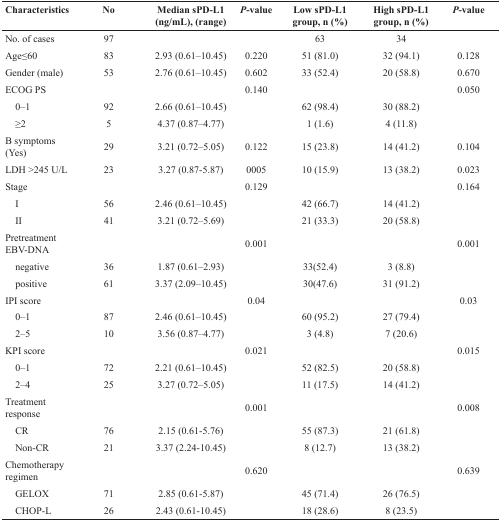
<table><thead><tr><td><b>Characteristics</b></td><td><b>No</b></td><td><b>Median sPD-L1 (ng/mL), (range)</b></td><td><b><i>P</i>-value</b></td><td><b>Low sPD-L1 group, n (%)</b></td><td><b>High sPD-L1 group, n (%)</b></td><td><b><i>P</i>-value</b></td></tr></thead><tbody><tr><td>No. of cases</td><td>97</td><td></td><td></td><td>63</td><td>34</td><td></td></tr><tr><td>Age≤60</td><td>83</td><td>2.93 (0.61–10.45)</td><td>0.220</td><td>51 (81.0)</td><td>32 (94.1)</td><td>0.128</td></tr><tr><td>Gender (male)</td><td>53</td><td>2.76 (0.61–10.45)</td><td>0.602</td><td>33 (52.4)</td><td>20 (58.8)</td><td>0.670</td></tr><tr><td>ECOG PS</td><td></td><td></td><td>0.140</td><td></td><td></td><td>0.050</td></tr><tr><td> 0–1</td><td>92</td><td>2.66 (0.61–10.45)</td><td></td><td>62 (98.4)</td><td>30 (88.2)</td><td></td></tr><tr><td> ≥2</td><td>5</td><td>4.37 (0.87–4.77)</td><td></td><td>1 (1.6)</td><td>4 (11.8)</td><td></td></tr><tr><td>B symptoms (Yes)</td><td>29</td><td>3.21 (0.72–5.05)</td><td>0.122</td><td>15 (23.8)</td><td>14 (41.2)</td><td>0.104</td></tr><tr><td>LDH &gt;245 U/L</td><td>23</td><td>3.27 (0.87-5.87)</td><td>0005</td><td>10 (15.9)</td><td>13 (38.2)</td><td>0.023</td></tr><tr><td>Stage</td><td></td><td></td><td>0.129</td><td></td><td></td><td>0.164</td></tr><tr><td> I</td><td>56</td><td>2.46 (0.61–10.45)</td><td></td><td>42 (66.7)</td><td>14 (41.2)</td><td></td></tr><tr><td> II</td><td>41</td><td>3.21 (0.72–5.69)</td><td></td><td>21 (33.3)</td><td>20 (58.8)</td><td></td></tr><tr><td>Pretreatment EBV-DNA</td><td></td><td></td><td>0.001</td><td></td><td></td><td>0.001</td></tr><tr><td> negative</td><td>36</td><td>1.87 (0.61–2.93)</td><td></td><td>33(52.4)</td><td>3 (8.8)</td><td></td></tr><tr><td> positive</td><td>61</td><td>3.37 (2.09–10.45)</td><td></td><td>30(47.6)</td><td>31 (91.2)</td><td></td></tr><tr><td>IPI score</td><td></td><td></td><td>0.04</td><td></td><td></td><td>0.03</td></tr><tr><td> 0–1</td><td>87</td><td>2.46 (0.61–10.45)</td><td></td><td>60 (95.2)</td><td>27 (79.4)</td><td></td></tr><tr><td> 2–5</td><td>10</td><td>3.56 (0.87–4.77)</td><td></td><td>3 (4.8)</td><td>7 (20.6)</td><td></td></tr><tr><td>KPI score</td><td></td><td></td><td>0.021</td><td></td><td></td><td>0.015</td></tr><tr><td> 0–1</td><td>72</td><td>2.21 (0.61–10.45)</td><td></td><td>52 (82.5)</td><td>20 (58.8)</td><td></td></tr><tr><td> 2–4</td><td>25</td><td>3.27 (0.72–5.05)</td><td></td><td>11 (17.5)</td><td>14 (41.2)</td><td></td></tr><tr><td>Treatment response</td><td></td><td></td><td>0.001</td><td></td><td></td><td>0.008</td></tr><tr><td> CR</td><td>76</td><td>2.15 (0.61-5.76)</td><td></td><td>55 (87.3)</td><td>21 (61.8)</td><td></td></tr><tr><td> Non-CR</td><td>21</td><td>3.37 (2.24-10.45)</td><td></td><td>8 (12.7)</td><td>13 (38.2)</td><td></td></tr><tr><td>Chemotherapy regimen</td><td></td><td></td><td>0.620</td><td></td><td></td><td>0.639</td></tr><tr><td> GELOX</td><td>71</td><td>2.85 (0.61-5.87)</td><td></td><td>45 (71.4)</td><td>26 (76.5)</td><td></td></tr><tr><td> CHOP-L</td><td>26</td><td>2.43 (0.61-10.45)</td><td></td><td>18 (28.6)</td><td>8 (23.5)</td><td></td></tr></tbody></table>